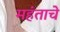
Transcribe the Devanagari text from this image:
महंताचे